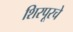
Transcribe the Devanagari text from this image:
शिरपूरचे